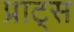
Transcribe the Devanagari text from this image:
प्राट्स